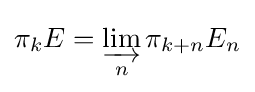
\pi _{k}E=\varinjlim _{n}\pi _{k+n}E_{n}